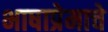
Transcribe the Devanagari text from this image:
भाषाप्रेमाचे